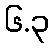
၆.၃